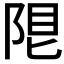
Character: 𨹨